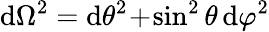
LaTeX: \mathrm{d}\Omega^{2}=\mathrm{d}\theta^{2}\! +\! \sin^{2}\theta\, \mathrm{d}\varphi^{2}